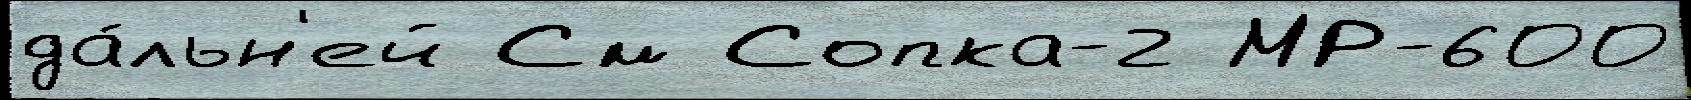
да́льн'ей См Сопка-2 МР-600